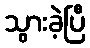
သွားခဲ့ပြီ